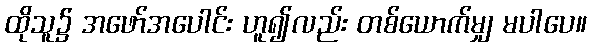
ထိုသူ၌ အဖော်အပေါင်း ဟူ၍လည်း တစ်ယောက်မျှ မပါပေ။